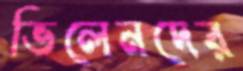
ভিলেনদের